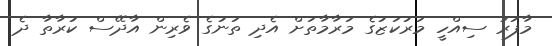
މާފަރު ސިއްހީ މަރުކަޒުގެ މަރާމާތަށް އެދި ތަނުގެ ވެރިން އާދޭސް ކުރާތާ ދެ